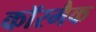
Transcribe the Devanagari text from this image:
कॉरमैक